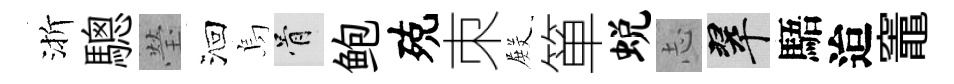
渐驄瑩洄烏骨鲍殑朿𭮺箪蜕𢖽翠䮏迨竈